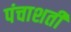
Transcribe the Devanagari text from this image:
पंचाशती